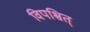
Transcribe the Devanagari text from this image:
विपश्चित्‌